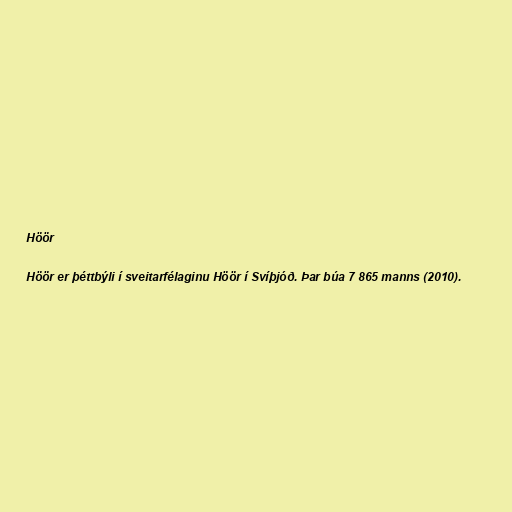
Höör

Höör er þéttbýli í sveitarfélaginu Höör í Svíþjóð. Þar búa 7 865 manns (2010).